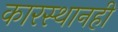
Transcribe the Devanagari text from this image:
कारस्थानही